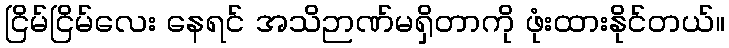
ငြိမ်ငြိမ်လေး နေရင် အသိဉာဏ်မရှိတာကို ဖုံးထားနိုင်တယ်။